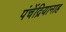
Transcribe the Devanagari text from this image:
पंचेंद्रियानाह